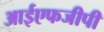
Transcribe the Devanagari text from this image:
आईएफजीपी